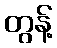
တွန့်